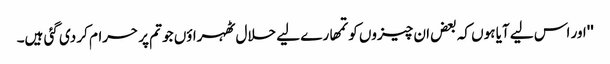
''اور اس لیے آیا ہوں کہ بعض ان چیزوں کو تمھارے لیے حلال ٹھہراؤں جو تم پر حرام کر دی گئی ہیں۔